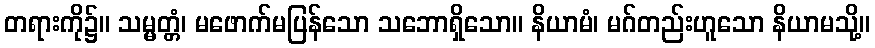
တရားကို၌။ သမ္မတ္တံ၊ မဖောက်မပြန်သော သဘောရှိသော။ နိယာမံ၊ မဂ်တည်းဟူသော နိယာမသို့။